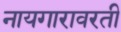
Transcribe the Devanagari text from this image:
नायगारावरती